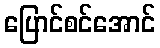
ပြောင်စင်အောင်